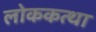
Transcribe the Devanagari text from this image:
लोककत्था